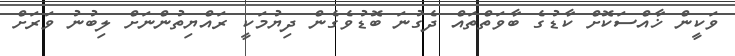
ވަކީން ޚާއްސަކޮށް ކާޑުގެ ބާވަތްތައް ދެގުނަ ބޮޑުވެގެން ދިޔުމަކީ ރައްޔިތުންނަށް ލިބުނު ވަރަށް